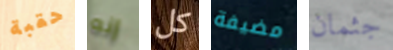
حقبة إنه كل مضيفة جثمان